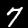
Label: 7